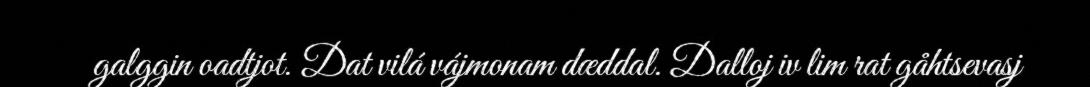
galggin oadtjot. Dat vilá vájmonam dæddal. Dalloj iv lim rat gåhtsevasj